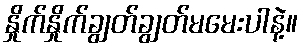
နှိုက်နှိုက်ချွတ်ချွတ်မမေးပါနဲ့။